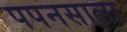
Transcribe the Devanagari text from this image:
पपनसाला